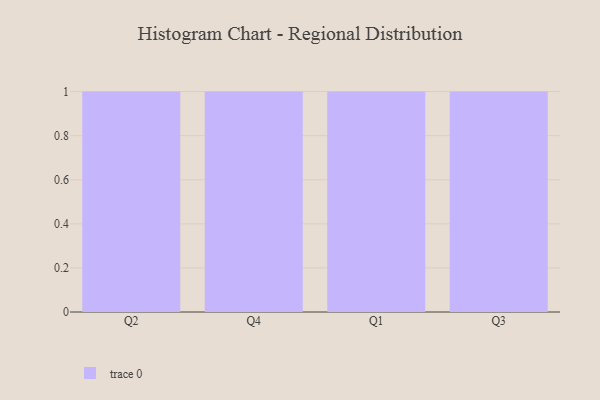
{"axis": {"x": "Quarter", "y": "Budget (USD K)"}, "legend": [""], "data": [{"x": "Q2", "y": 24, "type": ""}, {"x": "Q4", "y": 75, "type": ""}, {"x": "Q1", "y": 77, "type": ""}, {"x": "Q3", "y": 18, "type": ""}]}